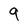
Character: 9